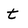
Character: t